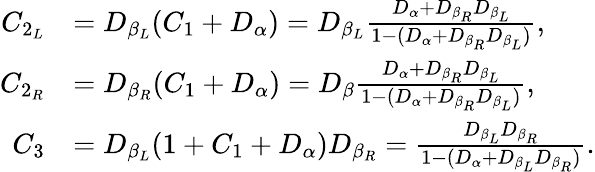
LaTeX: \begin{array}{rl}{C_{2_{L}}}&{=D_{\beta_{L}}(C_{1}+D_{\alpha})=D_{\beta_{L}}\frac{D_{\alpha}+D_{\beta_{R}}D_{\beta_{L}}}{1-(D_{\alpha}+D_{\beta_{R}}D_{\beta_{L}})}\mathrm{,}}\\ {C_{2_{R}}}&{=D_{\beta_{R}}(C_{1}+D_{\alpha})=D_{\beta}\frac{D_{\alpha}+D_{\beta_{R}}D_{\beta_{L}}}{1-(D_{\alpha}+D_{\beta_{R}}D_{\beta_{L}})}\mathrm{,}}\\ {C_{3}}&{=D_{\beta_{L}}(1+C_{1}+D_{\alpha})D_{\beta_{R}}=\frac{D_{\beta_{L}}D_{\beta_{R}}}{1-(D_{\alpha}+D_{\beta_{L}}D_{\beta_{R}})}\mathrm{.}}\end{array}